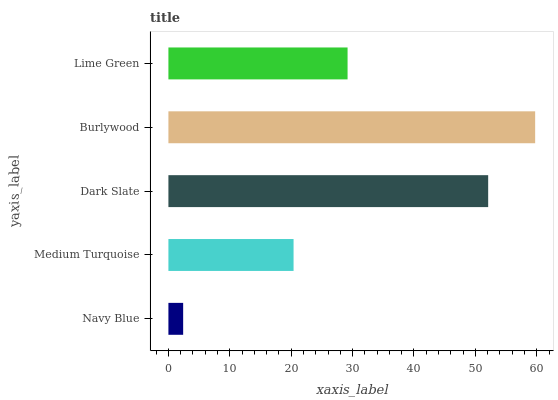
| yaxis_label | bars |
 | --- | --- |
 | Navy Blue | 2.4 |
 | Medium Turquoise | 20.4 |
 | Dark Slate | 52.1 |
 | Burlywood | 59.7 |
 | Lime Green | 29.2 |